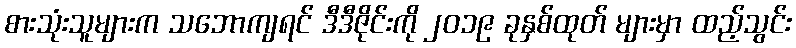
စားသုံးသူများက သဘောကျရင် ဒီဒီဇိုင်းကို ၂၀၁၉ ခုနှစ်ထုတ် များမှာ ထည့်သွင်း